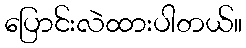
ပြောင်းလဲထားပါတယ်။